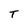
Character: T